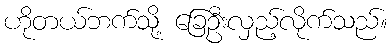
ဟိုတယ်ဘက်သို့ ခြေဦးလှည့်လိုက်သည်။